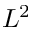
L ^ { 2 }